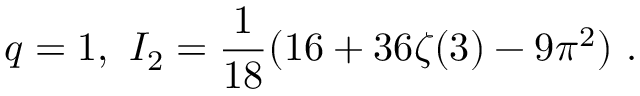
q = 1 , \ I _ { 2 } = \frac 1 { 1 8 } ( 1 6 + 3 6 \zeta ( 3 ) - 9 \pi ^ { 2 } ) \ .